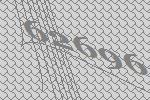
62696